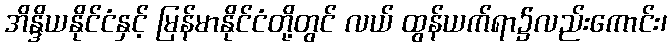
အိန္ဒိယနိုင်ငံနှင့် မြန်မာနိုင်ငံတို့တွင် လယ် ထွန်ယက်ရာ၌လည်းကောင်း၊